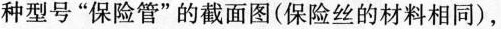
种型号”保险管”的截面图(保险丝的材料相同)，